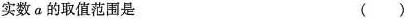
实数a的取值范围是( )